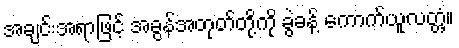
အချင်းအရာဖြင့် အခွန်အတုတ်တို့ကို ခွဲခန့် ကောက်ယူလတ္တံ့။